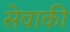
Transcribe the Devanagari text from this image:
सेवाकी